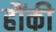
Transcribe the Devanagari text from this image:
हौंकी